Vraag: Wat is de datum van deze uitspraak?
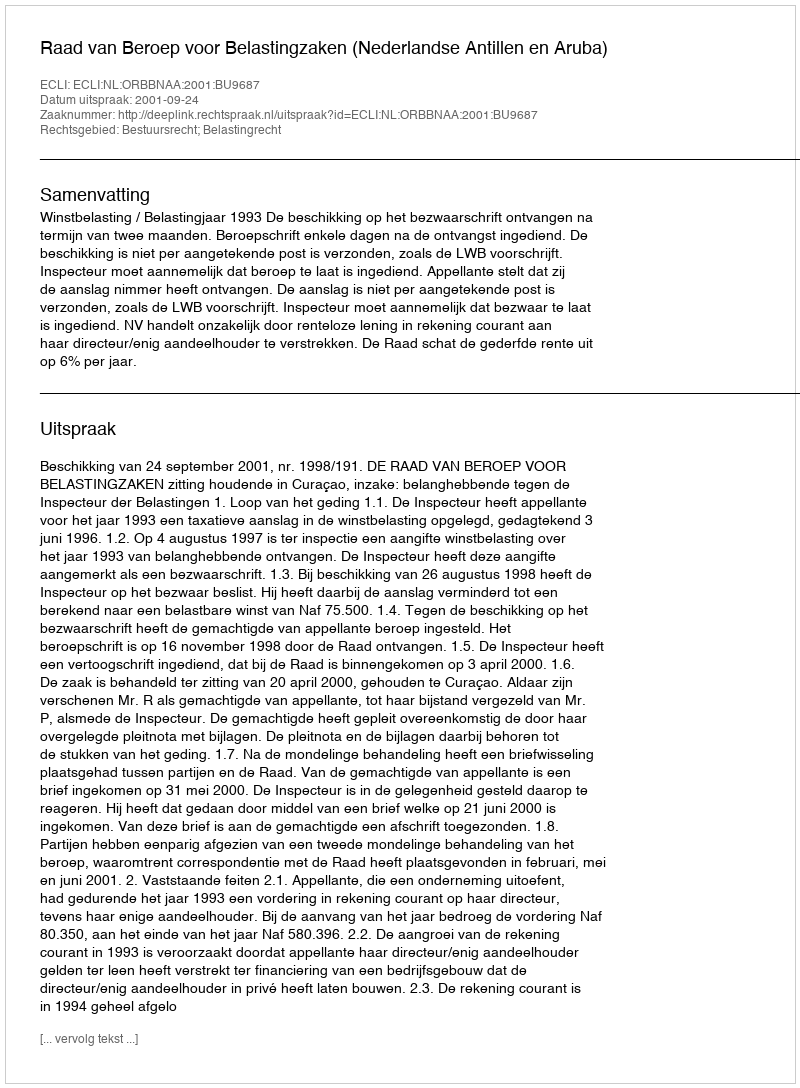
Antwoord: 2001-09-24